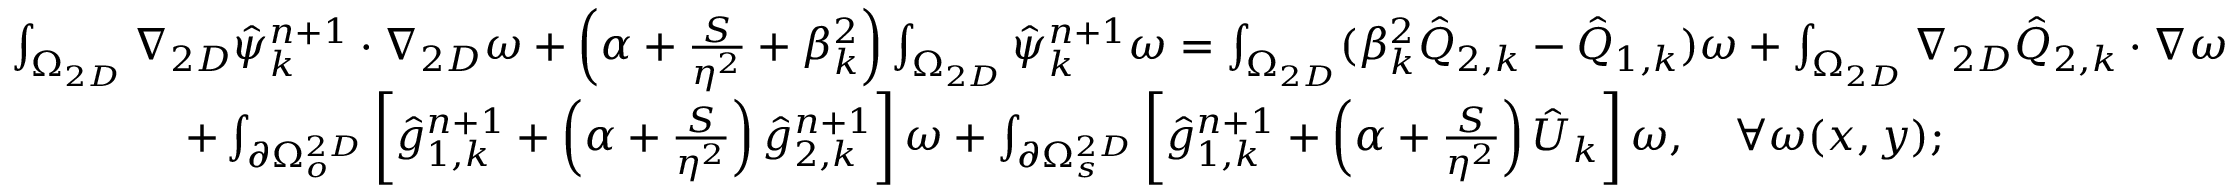
\begin{array} { r l } { \small } & { \int _ { \Omega _ { 2 D } } \nabla _ { 2 D } \hat { \psi } _ { k } ^ { n + 1 } \cdot \nabla _ { 2 D } \omega + \left( \alpha + \frac { S } { \eta ^ { 2 } } + \beta _ { k } ^ { 2 } \right) \int _ { \Omega _ { 2 D } } \hat { \psi } _ { k } ^ { n + 1 } \omega = \int _ { \Omega _ { 2 D } } ( \beta _ { k } ^ { 2 } \hat { Q } _ { 2 , k } - \hat { Q } _ { 1 , k } ) \omega + \int _ { \Omega _ { 2 D } } \nabla _ { 2 D } \hat { Q } _ { 2 , k } \cdot \nabla \omega } \\ & { \quad \quad \quad \quad + \int _ { \partial \Omega _ { o } ^ { 2 D } } \left[ \hat { g } _ { 1 , k } ^ { n + 1 } + \left( \alpha + \frac { S } { \eta ^ { 2 } } \right) \hat { g } _ { 2 , k } ^ { n + 1 } \right] \omega + \int _ { \partial \Omega _ { s } ^ { 2 D } } \left[ \hat { g } _ { 1 , k } ^ { n + 1 } + \left( \alpha + \frac { S } { \eta ^ { 2 } } \right) \hat { U } _ { k } \right] \omega , \quad \forall \omega ( x , y ) ; } \end{array}